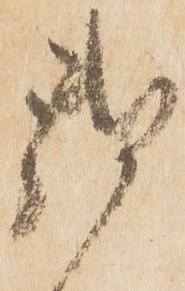
御